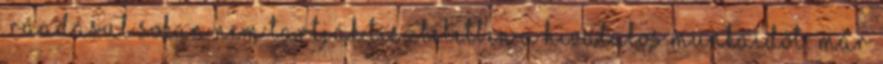
„Ráadásul sokan nem tartják tiszteletben a hivatalos munkaidőt: már